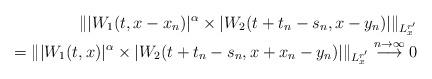
LaTeX: \begin{align*}\||W_1(t, x-x_n)|^\alpha \times |W_2(t+t_n-s_n, x-y_n)|\|_{L^{r'}_x}\\=\||W_1(t, x)|^\alpha \times |W_2(t+t_n-s_n, x+x_n-y_n)|\|_{L^{r'}_x}\overset{n\rightarrow \infty} \longrightarrow 0\end{align*}